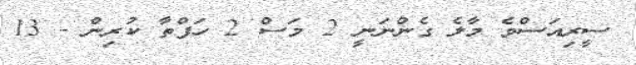
ސީރިއަސްވެ މާލެ ގެންނަނީ 2 މަސް 2 ހަފްތާ ކުރިން - 13